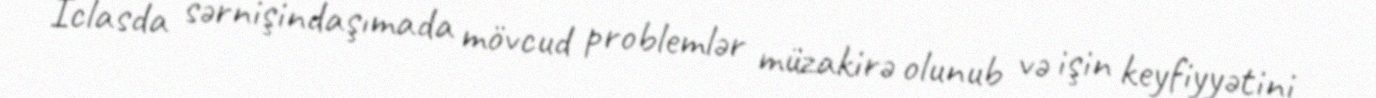
İclasda sərnişindaşımada mövcud problemlər müzakirə olunub və işin keyfiyyətini